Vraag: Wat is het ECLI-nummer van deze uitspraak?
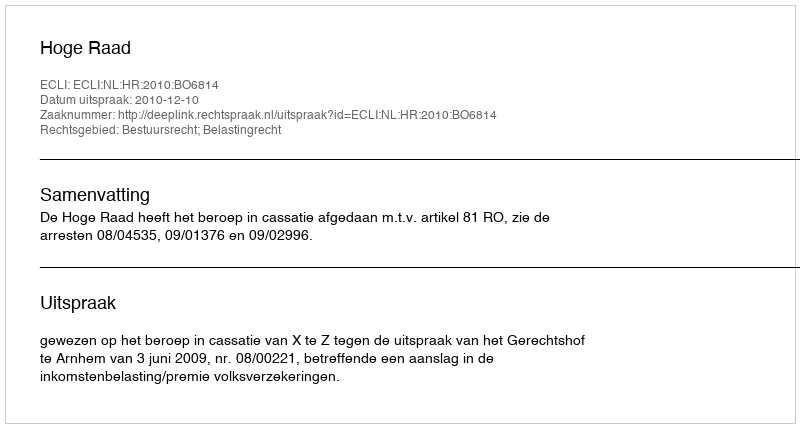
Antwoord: ECLI:NL:HR:2010:BO6814